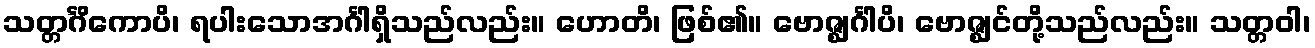
သတ္တင်္ဂိကောပိ၊ ရပါးသောအင်္ဂါရှိသည်လည်း။ ဟောတိ၊ ဖြစ်၏။ ဗောဇ္ဈင်္ဂါပိ၊ ဗောဇ္ဈင်တို့သည်လည်း။ သတ္တဝါ၊